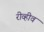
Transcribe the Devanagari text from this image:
रीव्हीव